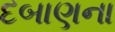
દબાણના